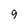
Character: g